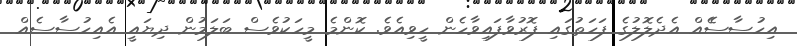
އިހުސާސެެެއް އެދެލޮލުގެ ފަހަތުގައި ފޮރުވާފައިވާހެން ހީވިއެވެ. ކޮންމެ މީހަކުވެސް ބަލަމުން ދިޔައީ އެއިހުސާސެއް